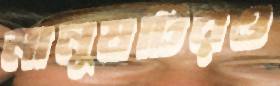
মানুষটিরও